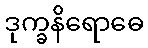
ဒုက္ခနိရောဓေ